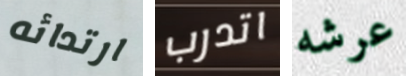
ارتدائه اتدرب عرشه